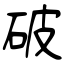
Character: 破